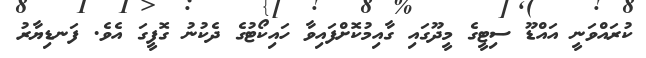
ކުރައްވަނީ އައްޑޫ ސިޓީގެ މީދޫގައި ގާއިމުކޮށްފައިވާ ހައިކޯޓުގެ ދެކުނު ގޮފީގަ އެވެ. ފަނޑިޔާރު